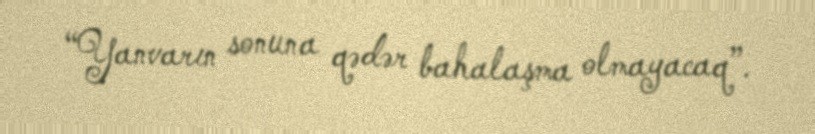
“Yanvarın sonuna qədər bahalaşma olmayacaq”.